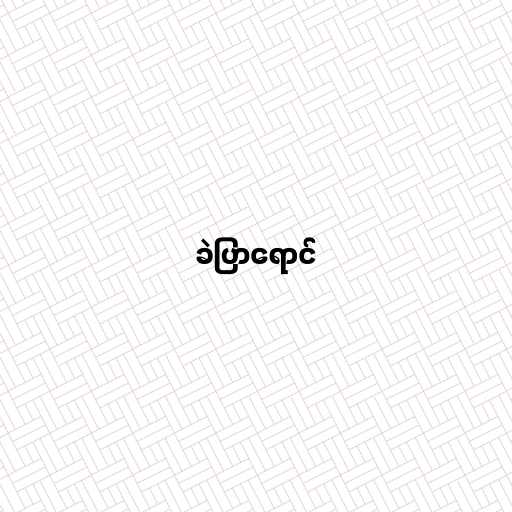
ခဲပြာရောင်